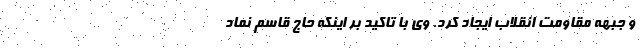
و جبهه مقاومت انقلاب ایجاد کرد. وی با تاکید بر اینکه حاج قاسم نماد